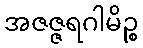
အဇဇ္ဇရဂါမိဉ္စ